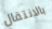
بالانتقال